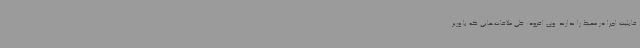
قابلیت اجرا در محیط را ندارند. وی افزود: طی ملاقات‌هایی که با وزیر